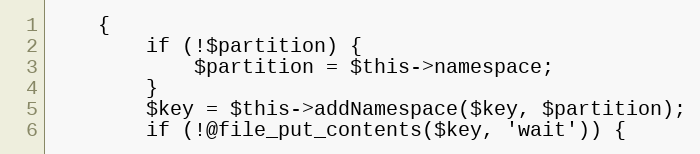
Language: PHP
    {
        if (!$partition) {
            $partition = $this->namespace;
        }
        $key = $this->addNamespace($key, $partition);
        if (!@file_put_contents($key, 'wait')) {